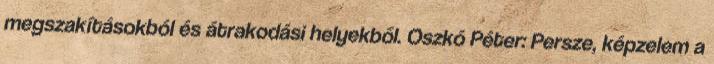
megszakításokból és átrakodási helyekből. Oszkó Péter: Persze, képzelem a